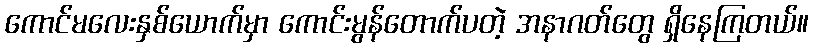
ကောင်မလေးနှစ်ယောက်မှာ ကောင်းမွန်တောက်ပတဲ့ အနာဂတ်တွေ ရှိနေကြတယ်။